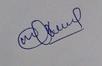
Signature authenticity: genuine